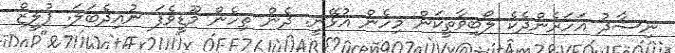
ނިސާދު އަހަރެންދެކެ ލޯބިވާތީކަން މިހެން އުޅޭނީ. ދެން ތިހެން މޫޑީވެފަ ނުއިދެބަލަ. ޕުލީޒް